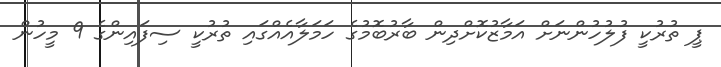
ޕީ ތުރުކީ ފުލުހުންނަށް އަމާޒުކޮށްދިން ބާރުބޮމުގެ ހަމަލާއެއްގައި ތުރުކީ ސިފައިންގެ 9 މީހުން